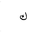
Letter: _kaf